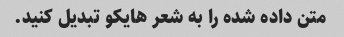
متن داده شده را به شعر هایکو تبدیل کنید.